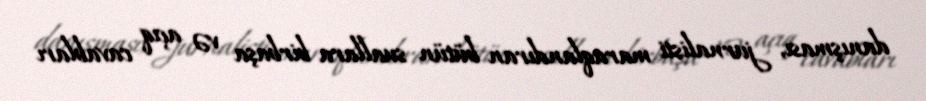
danışması, jurnalisti maraqlandıran bütün suallara birbaşa və açıq cavabları